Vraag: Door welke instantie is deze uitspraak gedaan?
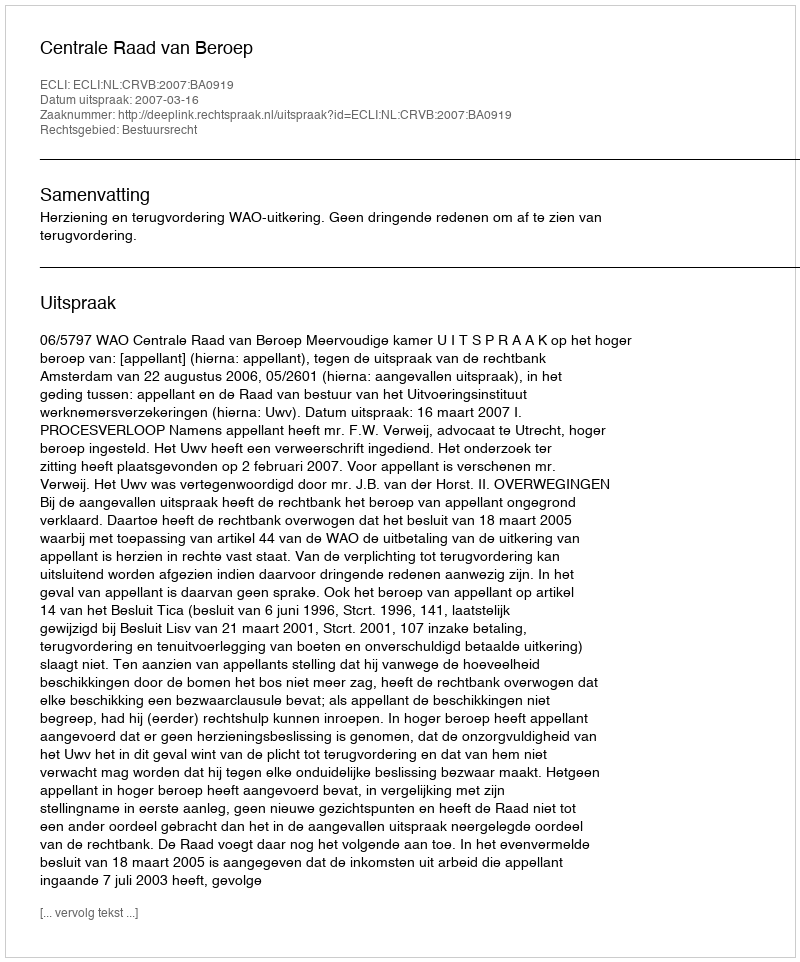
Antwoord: Centrale Raad van Beroep